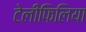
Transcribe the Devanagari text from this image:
टेलीफिलिया